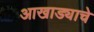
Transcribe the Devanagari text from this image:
आखाड्याचे